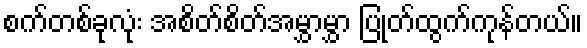
စက်တစ်ခုလုံး အစိတ်စိတ်အမွှာမွှာ ပြုတ်ထွက်ကုန်တယ်။